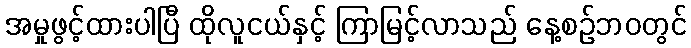
အမှုဖွင့်ထားပါပြီ ထိုလူငယ်နှင့် ကြာမြင့်လာသည် နေ့စဉ်ဘ၀တွင်